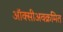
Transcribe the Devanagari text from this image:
ऑक्सीअवक्रमित